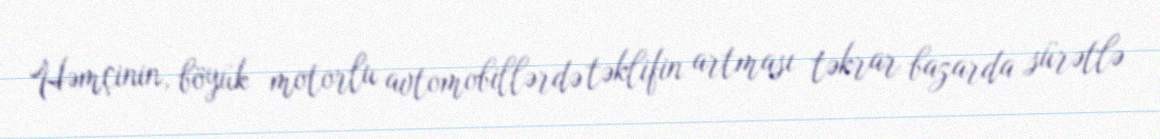
Həmçinin, böyük motorlu avtomobillərdə təklifin artması təkrar bazarda sürətlə